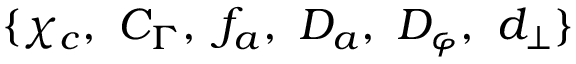
\{ \chi _ { c } , ~ C _ { \Gamma } , ~ f _ { a } , ~ D _ { a } , ~ D _ { \varphi } , ~ d _ { \perp } \}